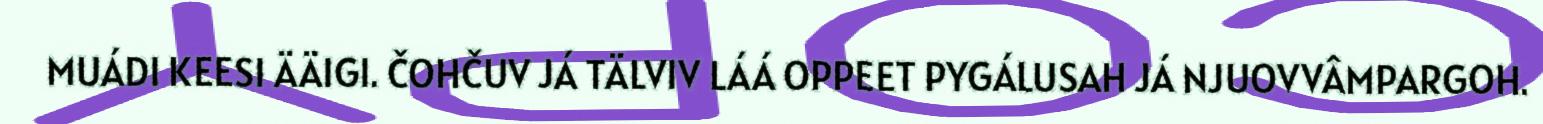
MUÁDI KEESI ÄÄIGI. ČOHČUV JÁ TÄLVIV LÁÁ OPPEET PYGÁLUSAH JÁ NJUOVVÂMPARGOH.